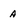
Character: A